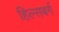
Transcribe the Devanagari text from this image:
हिल्सबर्ग